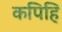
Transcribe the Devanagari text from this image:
कपिहि